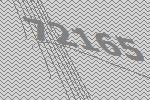
72165